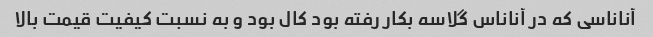
آناناسی که در آناناس گلاسه بکار رفته بود کال بود و به نسبت کیفیت قیمت بالا